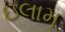
ઇલામ